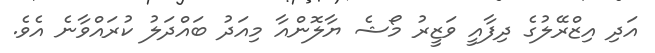
އަދި އިޒްރޭލުގެ ދިފާއީ ވަޒީރު މޯޝެ ޔާލޮންއާ މިއަދު ބައްދަލު ކުރައްވާނެ އެވެ.